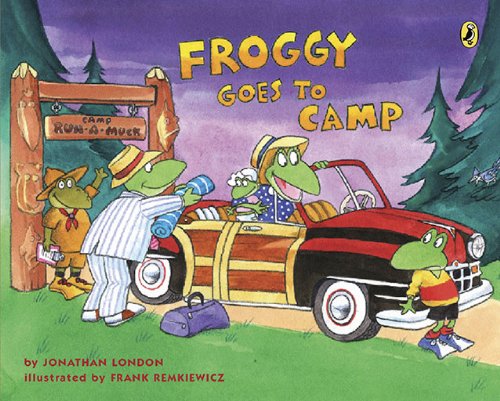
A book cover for Froggy Goes to Camp; Jonathan London; Children's Books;